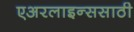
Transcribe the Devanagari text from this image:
एअरलाइन्ससाठी